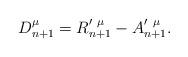
LaTeX: \begin{align*}D_{n+1}^\mu =R_{n+1}^{\prime \ \mu }-A_{n+1}^{\prime \ \mu }.\end{align*}